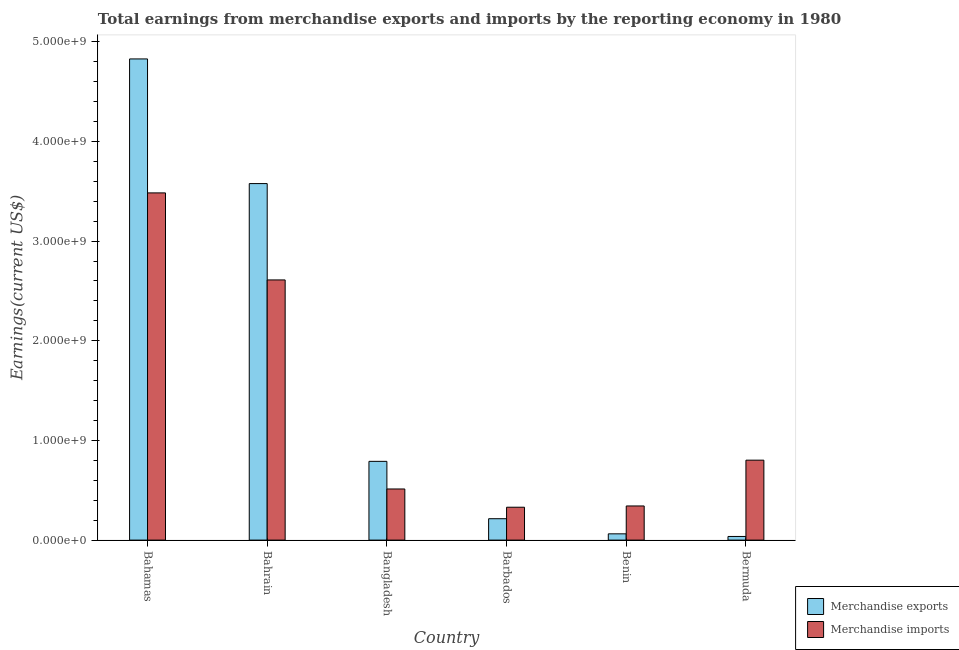
| Country | Merchandise exports | Merchandise imports |
 | --- | --- | --- |
 | Bahamas | 4.83e+09 | 3.48e+09 |
 | Bahrain | 3.58e+09 | 2.61e+09 |
 | Bangladesh | 7.9e+08 | 5.13e+08 |
 | Barbados | 2.15e+08 | 3.3e+08 |
 | Benin | 6.28e+07 | 3.43e+08 |
 | Bermuda | 3.65e+07 | 8.02e+08 |